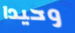
وحيدا